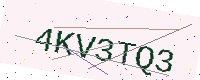
Text: 4KV3TQ3